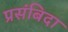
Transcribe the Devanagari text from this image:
प्रसंबिदा